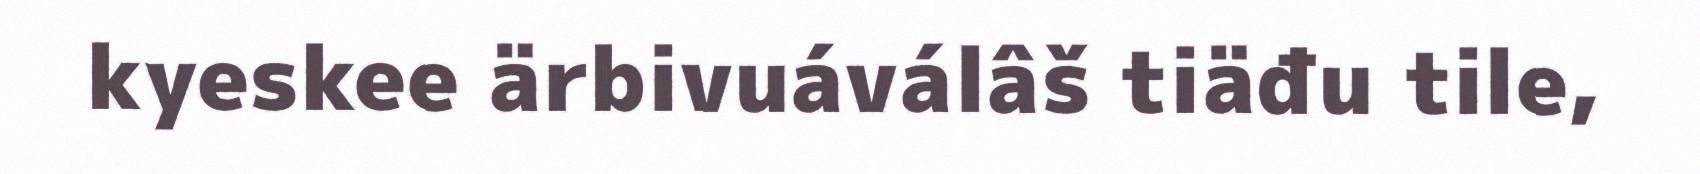
kyeskee ärbivuáválâš tiäđu tile,